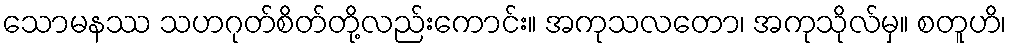
သောမနဿ သဟဂုတ်စိတ်တို့လည်းကောင်း။ အကုသလတော၊ အကုသိုလ်မှ။ စတူဟိ၊